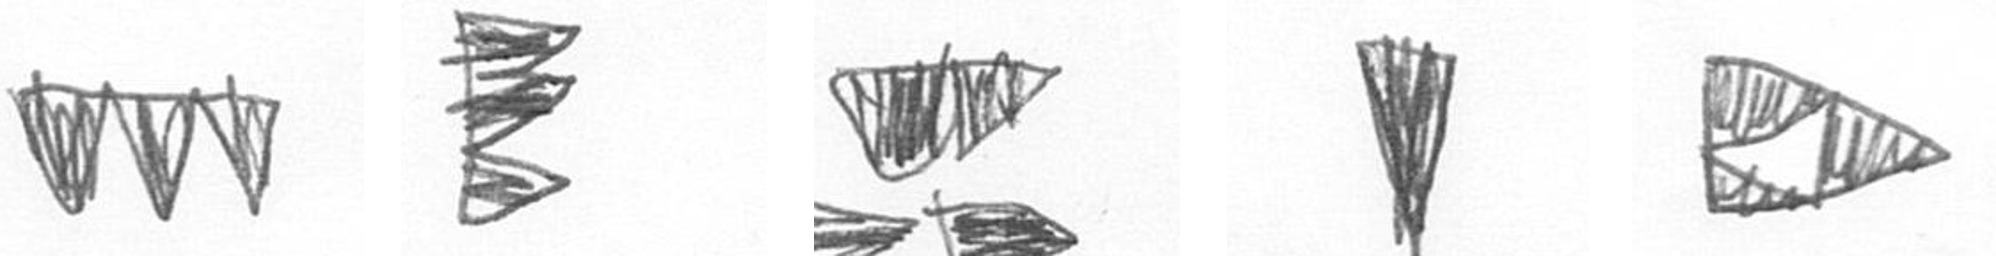
L H B J K